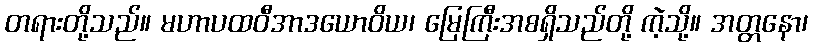
တရားတို့သည်။ မဟာပထဝီအာဒယောဝိယ၊ မြေကြီးအစရှိသည်တို့ ကဲ့သို့။ အတ္တနော၊